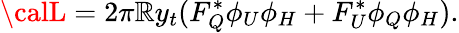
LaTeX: {\calL}=2\pi\mathbb{R}y_{t}(F_{Q}^{*}\phi_{U}\phi_{H}+F_{U}^{*}\phi_{Q}\phi_{H}).